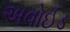
અવોઈડ